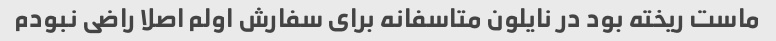
ماست ریخته بود در نایلون متاسفانه برای سفارش اولم اصلا راضی نبودم